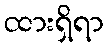
ထားရှိရာ